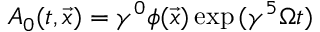
{ \cal A } _ { 0 } ( t , \vec { x } ) = \gamma ^ { 0 } \phi ( \vec { x } ) \exp { ( \gamma ^ { 5 } \Omega t ) }